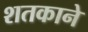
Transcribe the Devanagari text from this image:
शतकाने